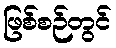
ဖြစ်စဉ်တွင်